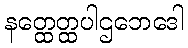
နတ္ထေတ္ထပါဌဘေဒေါ